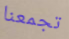
تجمعنا